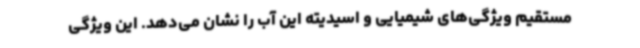
مستقیم ویژگی‌های شیمیایی و اسیدیته این آب را نشان می‌دهد. این ویژگی